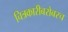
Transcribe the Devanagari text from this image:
चित्रकारीबरोबरच